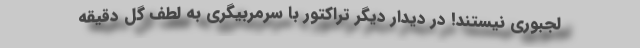
لجبوری نیستند! در دیدار دیگر تراکتور با سرمربیگری به لطف گل دقیقه